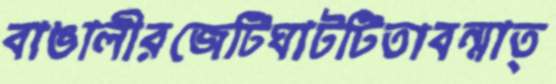
বাঙালীরজেটিঘাটটিতাবন্মাত্